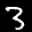
Label: 3